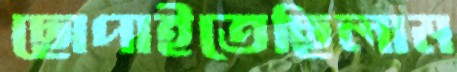
ছোপাইতেছিলাম